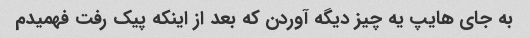
به جای هایپ یه چیز دیگه آوردن که بعد از اینکه پیک رفت فهمیدم